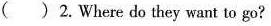
( )2.Where do they want to go?